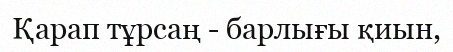
Қарап тұрсаң - барлығы қиын,